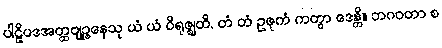
ပါဠိပဒအတ္ထဗျဉ္ဇနေသု ယံ ယံ ဝိရုဇ္ဈတိ, တံ တံ ဥဇုကံ ကတွာ ဒေန္တိ။ ဘဂဝတာ စ